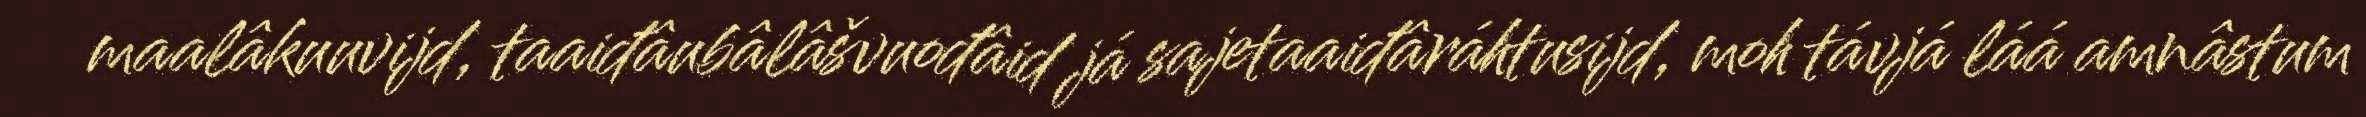
maalâkuuvijd, taaiđâubâlâšvuođâid já sajetaaiđâráhtusijd, moh távjá láá amnâstum